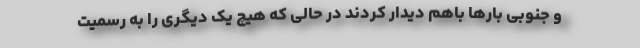
و جنوبی بارها باهم دیدار کردند در حالی که هیچ یک دیگری را به رسمیت